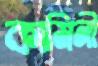
কামিনী